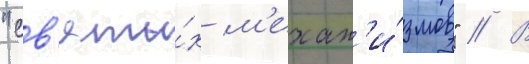
"св'яты́х м'ехан'и́змов" // В